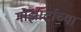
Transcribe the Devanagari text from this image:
मोझार्टाच्या